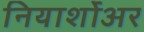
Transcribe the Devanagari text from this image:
नियार्शोअर